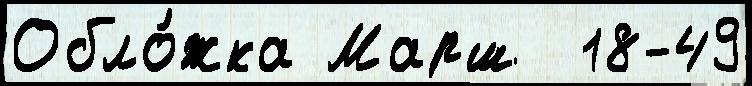
Обло́жка Марш  18-49